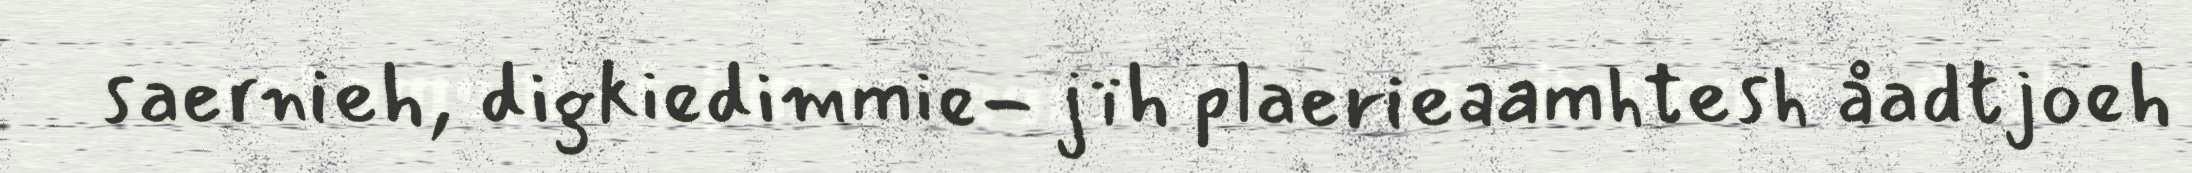
saernieh, digkiedimmie- jïh plaerieaamhtesh åadtjoeh